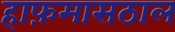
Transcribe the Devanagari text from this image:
हाफ़मासठाल